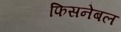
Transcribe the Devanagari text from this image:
फिसनेबल